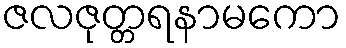
ဇလဇုတ္တရနာမကော